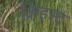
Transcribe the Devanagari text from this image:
क्रिइस्ट